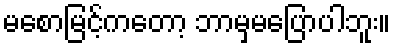
မစောမြင့်ကတော့ ဘာမှမပြောပါဘူး။